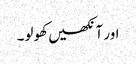
اور آنکھیں کھولو۔